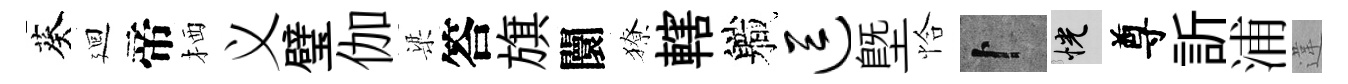
葵廻帝栖义璧伽梁答旗闤獠轄軄逗塈恰卜恍尊訢浦違